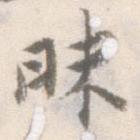
昧